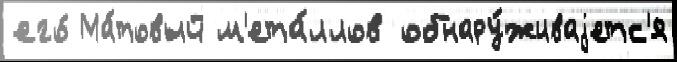
его́ Ма́товый м'ета́ллов обнару́живаjетс'я